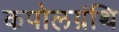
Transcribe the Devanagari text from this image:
कपोलग्रंथि